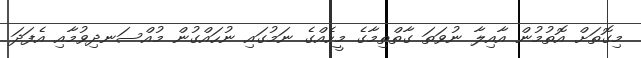
މިގޮތަށް އޮތުމުން އާއިލާ ނުވަތަ ގާތްތިމާގެ މީހެއްގެ ނަމުގައި ނުހައްގުން މުއްސަނދިވުމާއި އެފަދަ